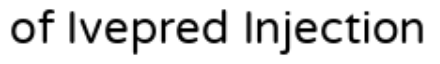
of Ivepred Injection